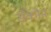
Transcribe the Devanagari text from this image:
सेकौन